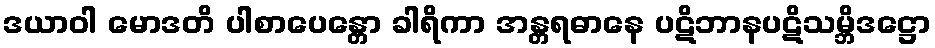
ဒယာဝါ မောဒတိ ပါစာပေန္တော ခါရိကာ အန္တရဓာနေ ပဋိဘာနပဋိသမ္ဘိဒဋ္ဌော